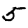
Digit: 5